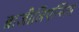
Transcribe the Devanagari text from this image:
ब्राजीलिएन्सिस